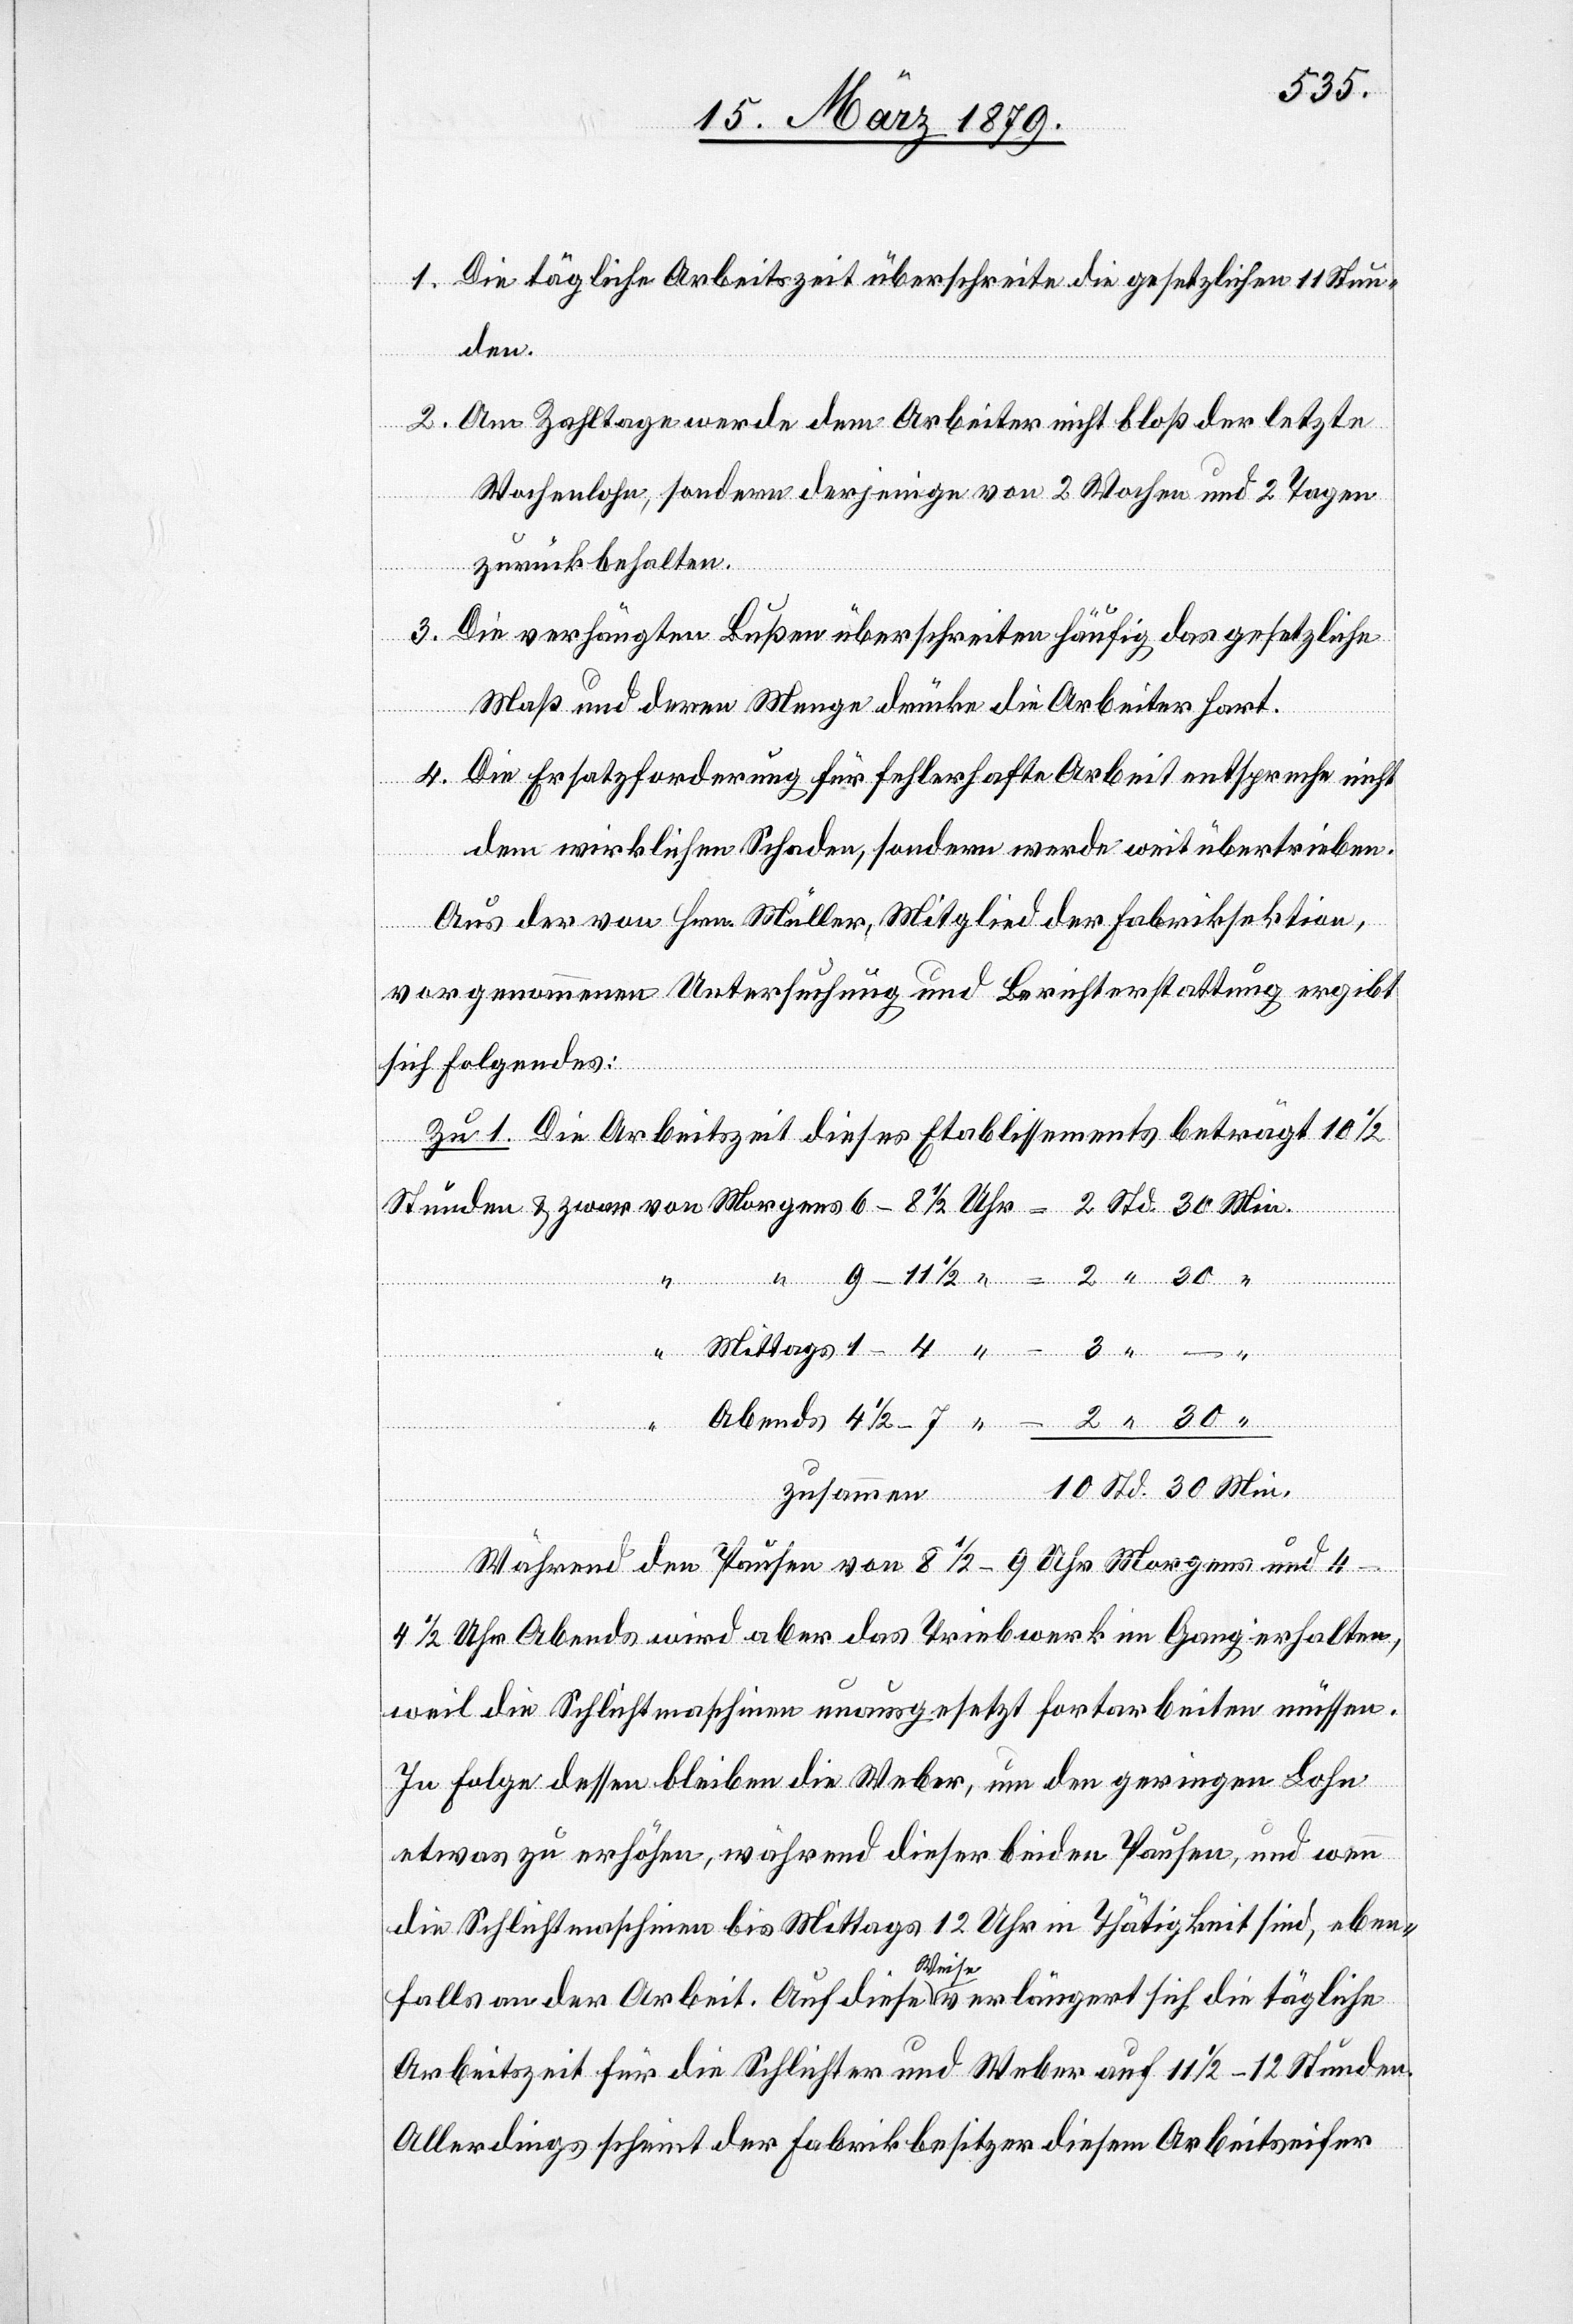
1. Die tägliche Arbeitszeit überschreite die gesetzlichen 11 Stun¬
den.
2. Am Zahltage werde dem Arbeiter nicht bloß der letzte
Wochenlohn, sondern derjenige von 2 Wochen und 2 Tagen
zurückbehalten.
3. Die verhängten Bußen überschreiten häufig das gesetzliche
Maß und deren Menge drücke die Arbeiter hart.
–
4. Die Ersatzforderung für fehlerhafte Arbeit entspreche nicht
dem wirklichen Schaden, sondern werde weit übertrieben.
Aus der von Hrn. Müller, Mitglied der Fabriksektion,
halten,
vorgenommenen Untersuchung und Berichterstattung ergibt
30
sich Folgendes:
Zu 1. Die Arbeitszeit dieses Etablissements beträgt 10 1/2
er¬
zusammen
Während den Pausen von 8 1/2–9 Uhr Morgens und 4–4
weil die Schlichtmaschinen unausgesetzt fortarbeiten müssen.
In Folge dessen bleiben die Weber, um den geringen Lohn
etwas zu erhöhen, während dieser beiden Pausen, und wenn
die Schlichtmaschinen bis Mittags 12 Uhr in Thätigkeit sind, eben¬
falls an der Arbeit. Auf diese Weise verlängert sich die tägliche
Arbeitszeit für die Schlichter und Weber auf 11 1/2 –12 Stunden.
Allerdings scheint der Fabrikbesitzer diesem Arbeitseifer